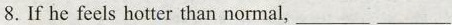
8.If he feels hotter than normal,___ ___